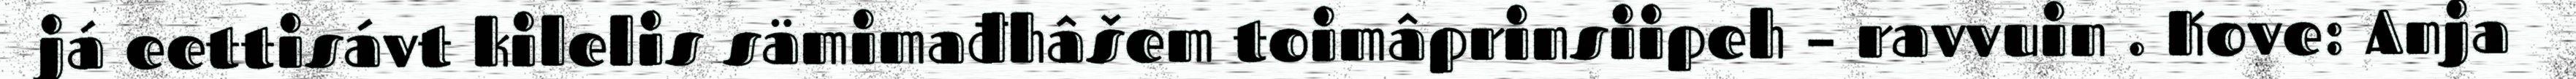
já eettisávt kilelis sämimađhâšem toimâprinsiipeh – ravvuin . Kove: Anja